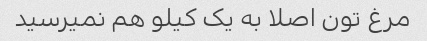
مرغ تون اصلا به یک کیلو هم نمیرسید